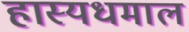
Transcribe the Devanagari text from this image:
हास्यधमाल